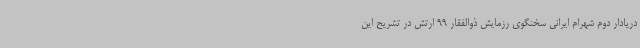
دریادار دوم شهرام ایرانی سخنگوی رزمایش ذوالفقار 99 ارتش در تشریح این